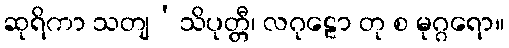
ဆုရိကာ သတျ’သိပုတ္တီ၊ လဂုဠော တု စ မုဂ္ဂရော။